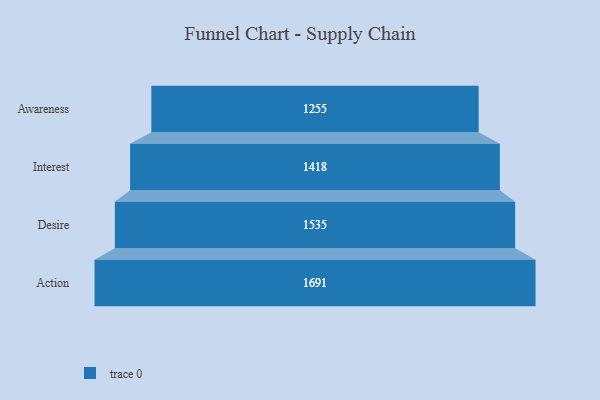
{"axis": {"x": "Stage", "y": "Value"}, "legend": [""], "data": [{"x": "Awareness", "y": 1255.0, "type": ""}, {"x": "Interest", "y": 1418.0, "type": ""}, {"x": "Desire", "y": 1535.0, "type": ""}, {"x": "Action", "y": 1691.0, "type": ""}]}